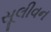
સૂલીવન